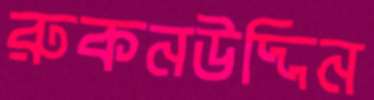
রুকনউদ্দিন